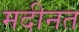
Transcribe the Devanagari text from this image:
मदीनत